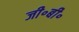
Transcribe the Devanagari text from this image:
जी॰बी॰